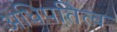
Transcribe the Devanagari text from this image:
अधिपतित्व